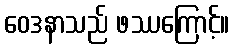
ဝေဒနာသည် ဖဿကြောင့်။